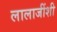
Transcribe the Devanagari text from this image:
लालाजींशी